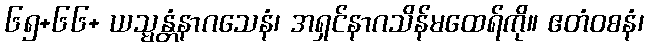
၆၅+၆၆+ ယသ္မန္တံနာဂသေနံ၊ အရှင်နာဂသိန်မထေရ်ကို။ ဧတံဝစနံ၊